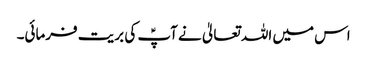
اس میں اللہ تعالیٰ نے آپؑ کی بریت فرمائی۔